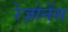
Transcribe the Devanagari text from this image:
रेज़ोनेंस